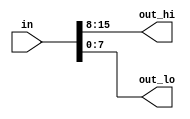
// Declare vector: type [upper:lower] vector_name;
// implicit nets - may cause bugs
// Adding `default_nettype none would make the implicit nets error, which makes the bug more visible.
// Build a combinational circuit that splits an input half-word (16 bits, [15:0] ) into lower [7:0] and upper [15:8] bytes.
`default_nettype none     // Disable implicit nets. Reduces some types of bugs.
module top_module( 
    input wire [15:0] in,
    output wire [7:0] out_hi,
    output wire [7:0] out_lo );

    assign { out_hi, out_lo } = { in[15:8], in[7:0] };
    // Or: assign {out_hi, out_lo} = in;
    
endmodule